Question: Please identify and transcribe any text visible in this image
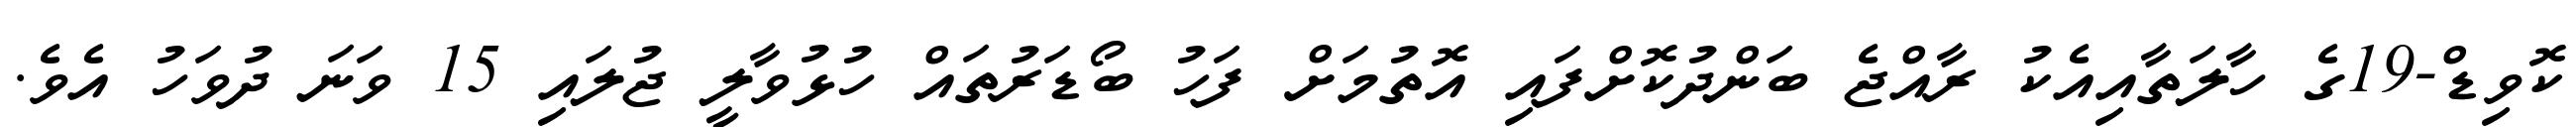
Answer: ކޮވިޑް-19ގެ ހާލަތާއިއެކު ރާއްޖެ ބަންދުކޮށްފައި އޮތުމަށް ފަހު ބޯޑަރުތައް ހުޅުވާލީ ޖުލައި 15 ވަނަ ދުވަހު އެވެ.